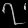
Digit: ၇